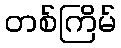
တစ်ကြိမ်